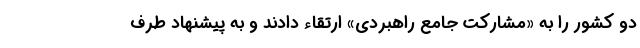
دو کشور را به «مشارکت جامع راهبردی» ارتقاء دادند و به پیشنهاد طرف